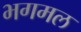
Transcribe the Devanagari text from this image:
भगमल